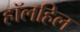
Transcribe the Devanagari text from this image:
हॉलहिल